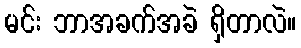
မင်း ဘာအခက်အခဲ ရှိတာလဲ။